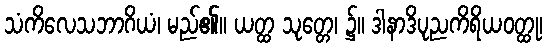
သံကိလေသဘာဂိယံ၊ မည်၏။ ယတ္ထ သုတ္တေ၊ ၌။ ဒါနာဒိပုညကိရိယဝတ္ထု၊